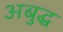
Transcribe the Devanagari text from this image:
अबुद्ध